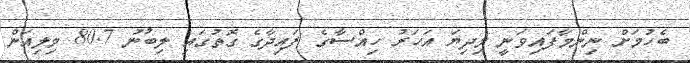
ބެހުމަށް ނިންމާފައިވަނީ މިދިޔަ އަހަރު ހިއްސާގެ ފައިދާގެ ގޮތުގައި ލިބުނު 80.7 މިލިއަން